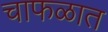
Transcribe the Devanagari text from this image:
चाफळात